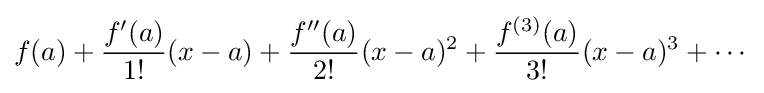
f(a)+{\frac {f'(a)}{1!}}(x-a)+{\frac {f''(a)}{2!}}(x-a)^{2}+{\frac {f^{(3)}(a)}{3!}}(x-a)^{3}+\cdots